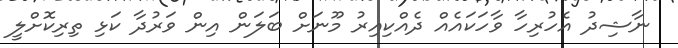
ނާޝިދު އެހުރިހާ ވާހަކައެއް ދެއްކިއިރު މޫނަށް ބަލަން އިން ވަރުދާ ކަޅި ތިރިކޮށްލީ